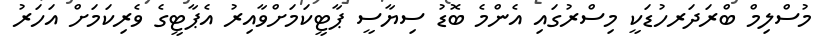
މުސްލިމް ބްރަދަރހުޑަކީ މިސްރުގައި އެންމެ ބޮޑު ސިޔާސީ ޕާޓީކަމަށްވާއިރު އެޕާޓީގެ ވެރިކަމަށް އަހަރު